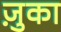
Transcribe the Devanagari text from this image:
ज़ुका